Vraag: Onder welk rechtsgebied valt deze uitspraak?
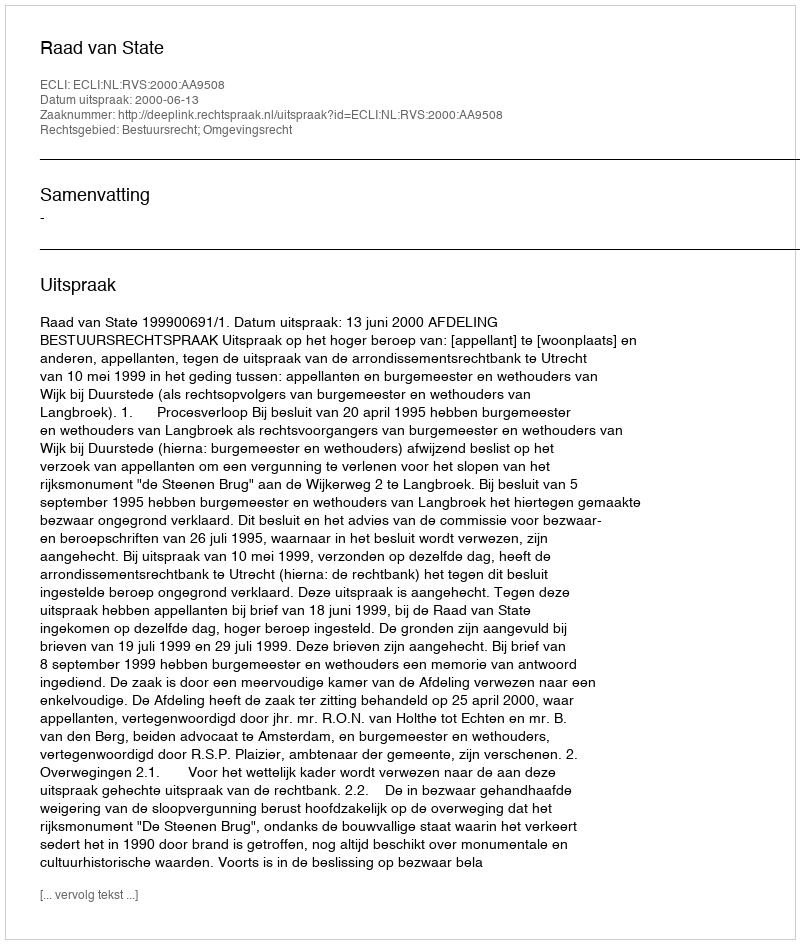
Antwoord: Bestuursrecht; Omgevingsrecht